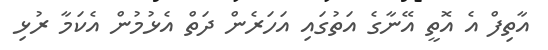
އާތިފް އެ އޮތީ އޭނާގެ އަތުގައި އަހަރެން ދަތް އެޅުމުން އެކަމާ ރުޅި